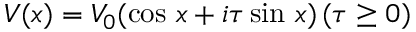
V ( x ) = V _ { 0 } ( \cos \, x + i \tau \sin \, x ) \, ( \tau \geq 0 )